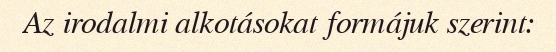
Az irodalmi alkotásokat formájuk szerint: